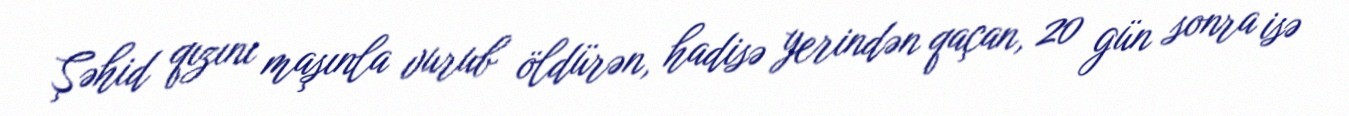
Şəhid qızını maşınla vurub öldürən, hadisə yerindən qaçan, 20 gün sonra isə